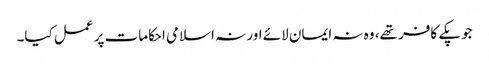
جو پکے کافر تھے، وہ نہ ایمان لائے اور نہ اسلامی احکامات پر عمل کیا۔